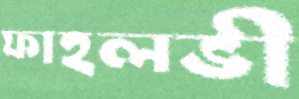
ফাহলভী